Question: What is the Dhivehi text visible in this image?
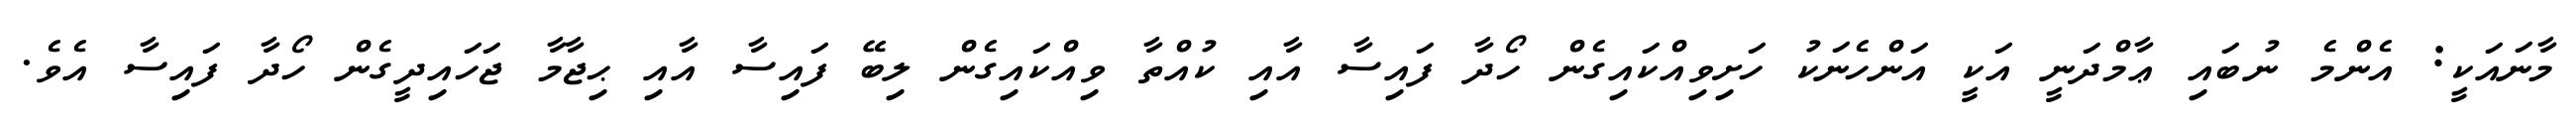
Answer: މާނައަކީ: އެންމެ ނުބައި ޢާމްދަނީ އަކީ އަންހެނަކު ހަށިވިއްކައިގެން ހޯދާ ފައިސާ އާއި ކުއްތާ ވިއްކައިގެން ލިބޭ ފައިސާ އާއި ޙިޖާމާ ޖަހައިދީގެން ހޯދާ ފައިސާ އެވެ.